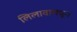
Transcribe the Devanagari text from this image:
लिलावामधून